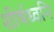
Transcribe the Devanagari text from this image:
शीर्षध्वनि